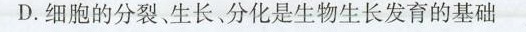
D.细胞的分裂、生长、分化是生物生长发育的基础